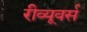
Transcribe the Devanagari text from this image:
रीव्यूवर्स